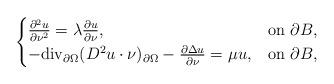
LaTeX: \begin{align*}\begin{cases}\frac{\partial^2 u}{\partial\nu^2}=\lambda\frac{\partial u}{\partial\nu}, & {\rm on\ }\partial B,\\-{\rm div}_{\partial\Omega}(D^2u\cdot\nu)_{\partial\Omega}-\frac{\partial\Delta u}{\partial\nu}=\mu u, & {\rm on\ }\partial B,\end{cases}\end{align*}